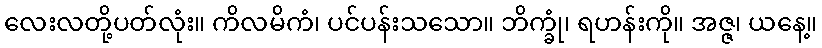
လေးလတို့ပတ်လုံး။ ကိလမိကံ၊ ပင်ပန်းသသော။ ဘိက္ခုံ၊ ရဟန်းကို။ အဇ္ဇ၊ ယနေ့။